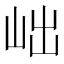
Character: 𡶏